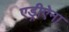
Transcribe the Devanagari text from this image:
एड्रीऐना